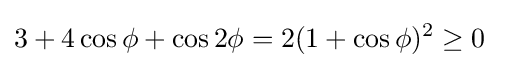
3+4\cos \phi +\cos 2\phi =2(1+\cos \phi )^{2}\geq 0\;